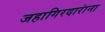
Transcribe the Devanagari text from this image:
जहागिरदारांना